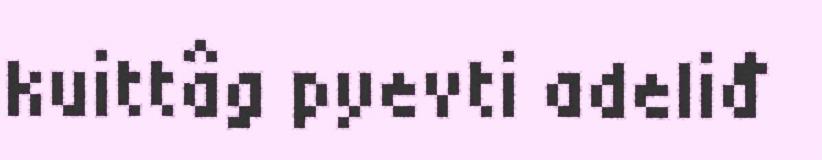
kuittâg pyevti adeliđ